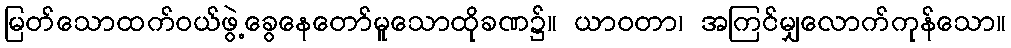
မြတ်သောထက်ဝယ်ဖွဲ့ခွေနေတော်မူသောထိုခဏ၌။ ယာဝတာ၊ အကြင်မျှလောက်ကုန်သော။